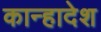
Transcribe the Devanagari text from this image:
कान्हादेश